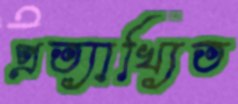
প্রত্যাখ্যিত